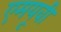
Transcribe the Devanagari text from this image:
एमयूवी